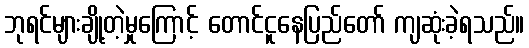
ဘုရင်များချို့တဲ့မှုကြောင့် တောင်ငူနေပြည်တော် ကျဆုံးခဲ့ရသည်။